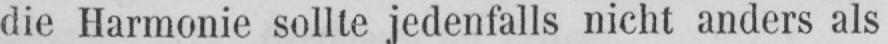
die Harmonie sollte jedenfalls nicht anders als